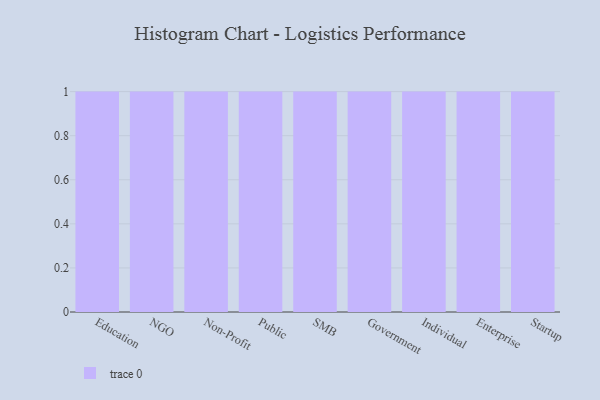
{"axis": {"x": "Segment", "y": "Revenue (USD Million)"}, "legend": [""], "data": [{"x": "Education", "y": 51, "type": ""}, {"x": "NGO", "y": 10, "type": ""}, {"x": "Non-Profit", "y": 84, "type": ""}, {"x": "Public", "y": 11, "type": ""}, {"x": "SMB", "y": 51, "type": ""}, {"x": "Government", "y": 39, "type": ""}, {"x": "Individual", "y": 7, "type": ""}, {"x": "Enterprise", "y": 61, "type": ""}, {"x": "Startup", "y": 41, "type": ""}]}